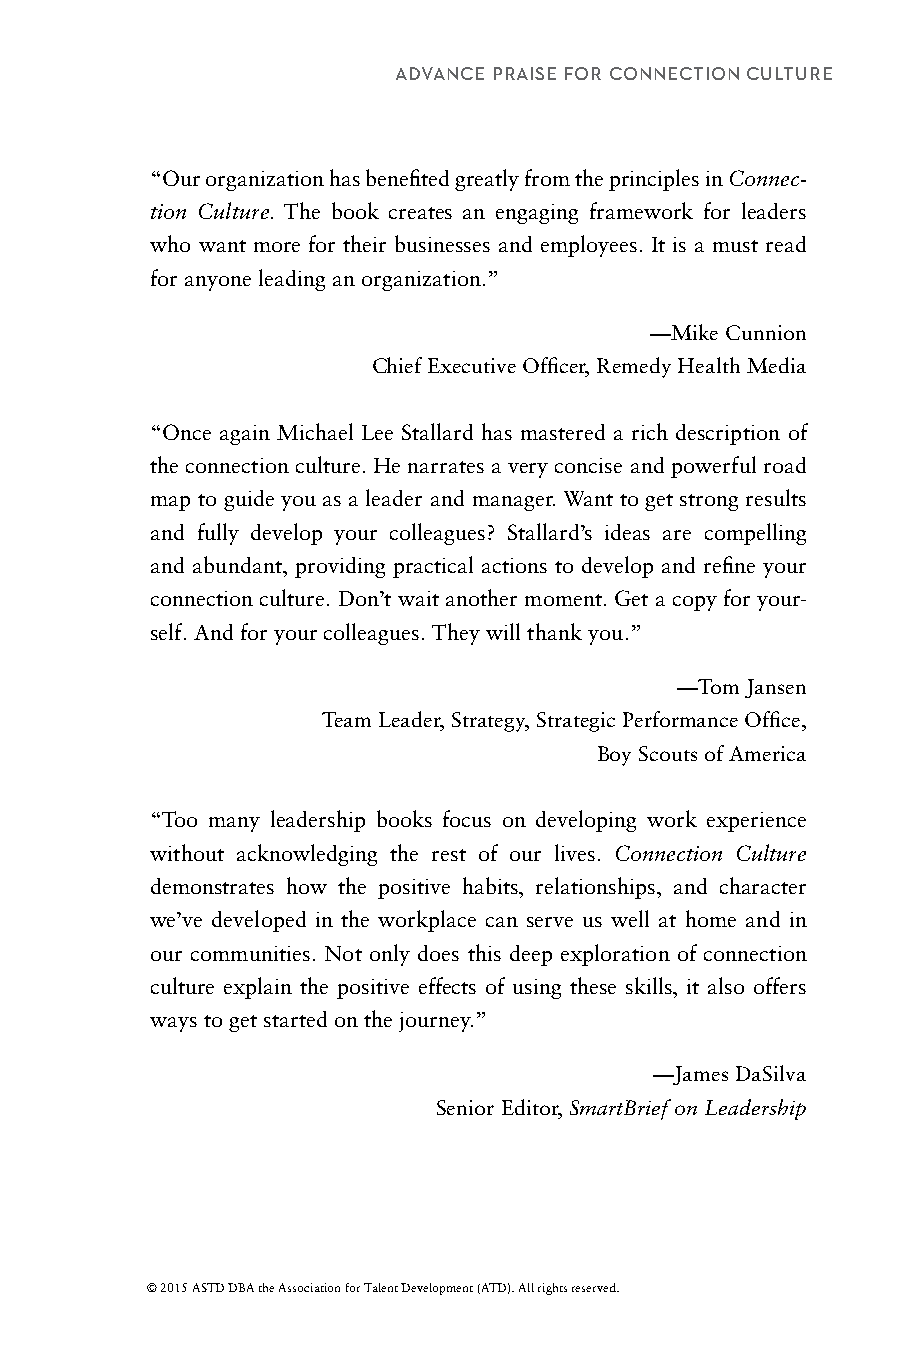
ADVANCE PRAISE FOR CONNECTION CULTURE
 “Our organization has benefited greatly from the principles in Connec-
 tion Culture. The book creates an engaging framework for leaders
 who want more for their businesses and employees. It is a must read
 for anyone leading an organization.”
 —Mike Cunnion
 Chief Executive Officer, Remedy Health Media
 “Once again Michael Lee Stallard has mastered a rich description of
 the connection culture. He narrates a very concise and powerful road
 map to guide you as a leader and manager. Want to get strong results
 and fully develop your colleagues? Stallard’s ideas are compelling
 and abundant, providing practical actions to develop and refine your
 connection culture. Don’t wait another moment. Get a copy for your-
 self. And for your colleagues. They will thank you.”
 —Tom Jansen
 Team Leader, Strategy, Strategic Performance Office,
 Boy Scouts of America
 “Too many leadership books focus on developing work experience
 without acknowledging the rest of our lives. Connection Culture
 demonstrates how the positive habits, relationships, and character
 we’ve developed in the workplace can serve us well at home and in
 our communities. Not only does this deep exploration of connection
 culture explain the positive effects of using these skills, it also offers
 ways to get started on the journey.”
 —James DaSilva
 Senior Editor, SmartBrief on Leadership
 © 2015 ASTD DBA the Association for Talent Development (ATD). All rights reserved.